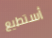
أستطيع